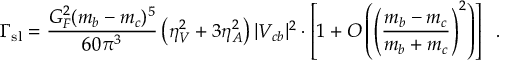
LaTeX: \Gamma _ { \mathrm { s l } } = \frac { G _ { F } ^ { 2 } ( m _ { b } - m _ { c } ) ^ { 5 } } { 6 0 \pi ^ { 3 } } \left( \eta _ { V } ^ { 2 } + 3 \eta _ { A } ^ { 2 } \right) | V _ { c b } | ^ { 2 } \cdot \left[ 1 + { \cal O } \left( \left( \frac { m _ { b } - m _ { c } } { m _ { b } + m _ { c } } \right) ^ { 2 } \right) \right] \; \; .